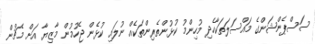
ސަސްޕެންޝަންގެ މައްސަލަތަކާހެދި މުހިންމު ކުޅުންތެރިންތަކެއް ނުލައި ކުޅެން ޖެހުމުން މާޒިޔާ އަށް މެޗުން